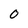
Character: 0